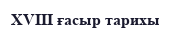
XVIII ғасыр тарихы